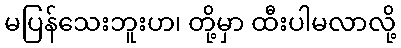
မပြန်သေးဘူးဟ၊ တို့မှာ ထီးပါမလာလို့